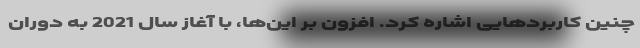
چنین کاربردهایی اشاره کرد. افزون بر این‌ها، با آغاز سال 2021 به دوران